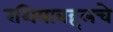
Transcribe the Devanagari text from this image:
रशियाबद्दलचे